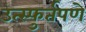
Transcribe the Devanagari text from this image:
उत्स्फुर्तपणे